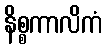
နိစ္စကာလိကံ